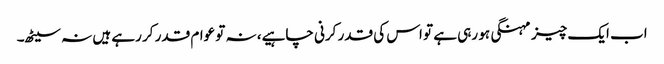
اب ایک چیز مہنگی ہو رہی ہے تو اس کی قدر کرنی چاہیے، نہ تو عوام قدر کر رہے ہیں نہ سیٹھ۔